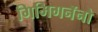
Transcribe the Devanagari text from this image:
गिमिगनॅनो